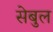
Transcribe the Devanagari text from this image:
सेबुल